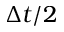
\Delta t / 2